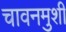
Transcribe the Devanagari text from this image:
चावनमुशी